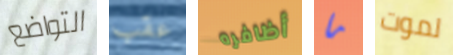
التواضع عقب أظافره ما لموت